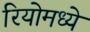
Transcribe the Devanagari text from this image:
रियोमध्ये